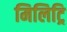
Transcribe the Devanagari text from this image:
मिलिट्रि